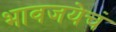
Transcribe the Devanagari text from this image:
भावजयेचं